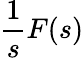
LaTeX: {\frac{1}{s}}F(s)